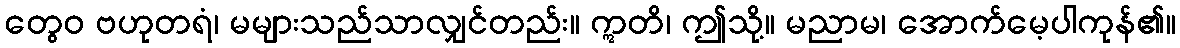
တွေဝ ဗဟုတရံ၊ မများသည်သာလျှင်တည်း။ ဣတိ၊ ဤသို့။ မညာမ၊ အောက်မေ့ပါကုန်၏။